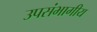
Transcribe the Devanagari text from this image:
उपसंभागीय